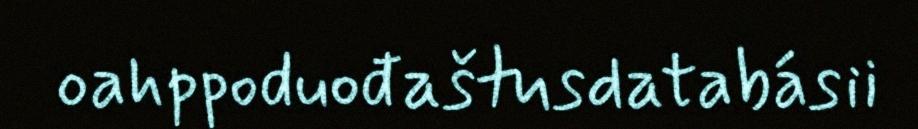
oahppoduođaštusdatabásii